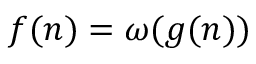
f ( n ) = \omega ( g ( n ) )